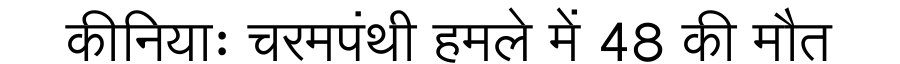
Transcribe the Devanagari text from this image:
कीनियाः चरमपंथी हमले में 48 की मौत